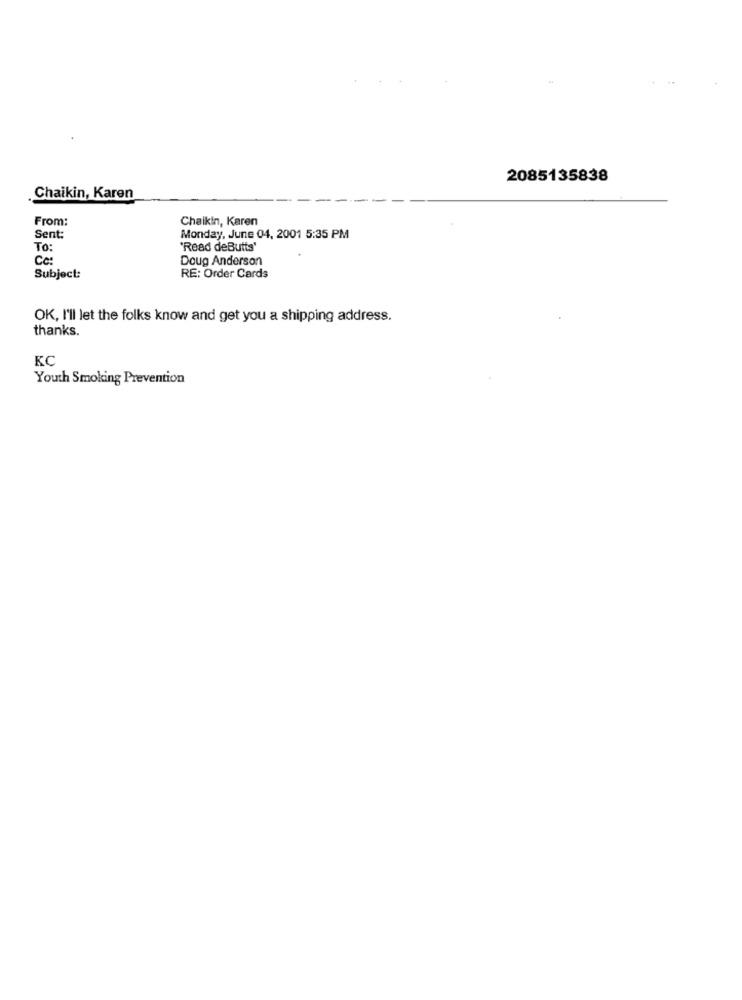
2085135838
.Chaikin, Karen
From:
Chaikin, Karen
Sent:
Monday, June 04, 2001 5:35 PM
To:
"Read deButts'
Ce:
Doug Anderson
Subject:
RE: Order Cards
OK, I'll let the folks know and get you a shipping address.
thanks.
KC
Youth Smoking Prevention